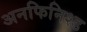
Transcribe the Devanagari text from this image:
अनफिनिश्ड